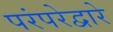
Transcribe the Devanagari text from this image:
परंपरेद्वारे